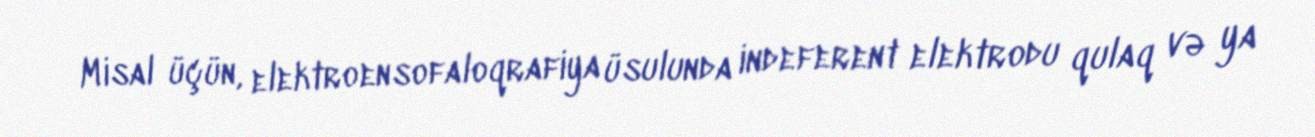
Misal üçün, elektroensofaloqrafiya üsulunda indeferent elektrodu qulaq və ya